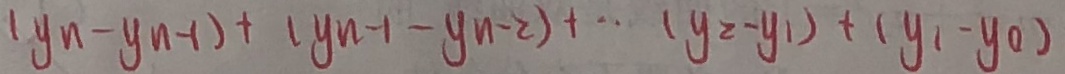
( y _ { n } - y _ { n - 1 } ) + ( y _ { n } - 1 - y _ { n } - 2 ) + \cdots ( y _ { 2 } - y _ { 1 } ) + ( y _ { 1 } - y _ { 0 } )